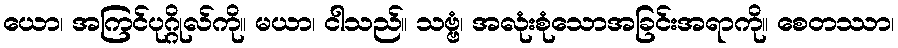
ယော၊ အကြင်ပုဂ္ဂိုလ်ကို။ မယာ၊ ငါသည်။ သဗ္ဗံ၊ အလုံးစုံသောအခြင်းအရာကို။ စေတဿာ၊